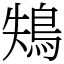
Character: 鴩